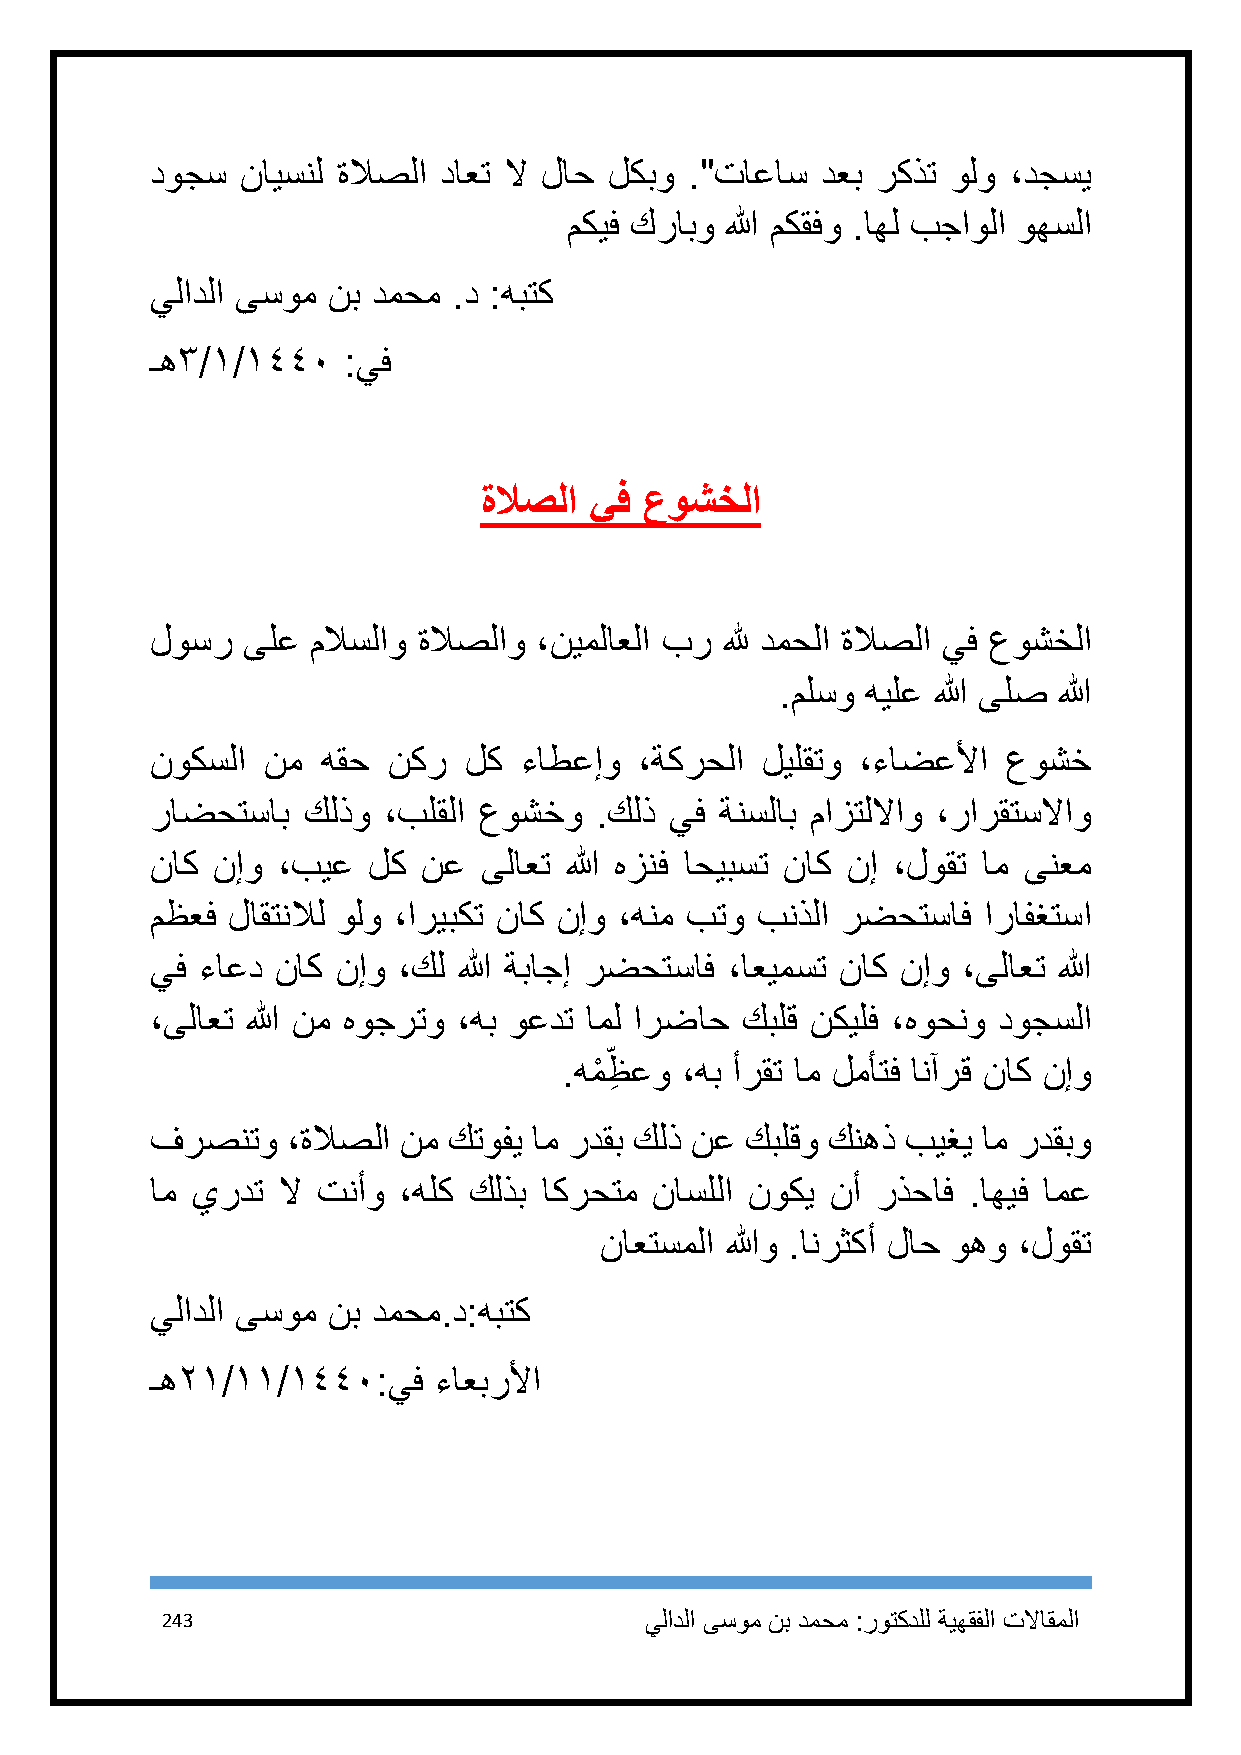
دوجس  نايسنل ةلاصلا داعت لا لاح لكبو ."تاعاس دعب ركذت ولو ،دجسي
 مكيف كرابو الله مكقفو .اهل بجاولا وهسلا
 يلادلا ىسوم نب دمحم .د :هبتك
 ـه٣/٠/٠٤٤١   :يف
 ةلاصلا يف  عوشخلا
 لوسر  ىلع  ملاسلاو ةلاصلاو ،نيملاعلا بر لله دمحلا ةلاصلا يف عوشخلا
 .ملسو هيلع الله ىلص الله
 نوكسلا نم  هقح  نكر  لك ءاطعإو  ،ةكرحلا ليلقتو ،ءاضعلأا  عوشخ
 راضحتساب  كلذو ،بلقلا عوشخو  .كلذ يف  ةنسلاب مازتللااو ،رارقتسلااو
 ناك نإو ،بيع  لك  نع  ىلاعت الله هزنف احيبست ناك نإ ،لوقت ام ىنعم
 مظعف لاقتنلال ولو ،اريبكت ناك نإو ،هنم بتو بنذلا رضحتساف ارافغتسا
 يف ءاعد ناك نإو ،كل الله ةباجإ رضحتساف ،اعيمست ناك نإو ،ىلاعت الله
 ،ىلاعت الله نم هوجرتو ،هب وعدت امل ارضاح كبلق نكيلف ،هوحنو دوجسلا
 .همْ ظِ عو ،هب أرقت ام لمأتف انآرق ناك نإو
 فرصنتو   ،ةلاصلا نم كتوفي ام ردقب كلذ نع كبلقو كنهذ بيغي ام ردقبو
 ام يردت لا تنأو ،هلك كلذب اكرحتم ناسللا نوكي نأ رذحاف .اهيف امع
 ناعتسملا اللهو .انرثكأ لاح وهو ،لوقت
 يلادلا ىسوم نب دمحم.د:هبتك
 ـه٢٠/٠٠/٠٤٤١:يف    ءاعبرلأا
 243                             يلادلا ىسوم نب دمحم :روتكدلل ةيهقفلا تلااقملا